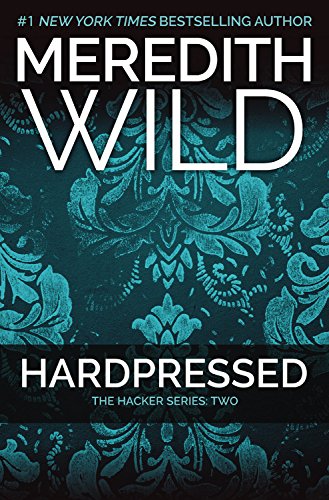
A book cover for Hardpressed: The Hacker Series #2; Meredith Wild; Romance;